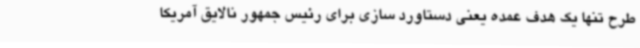
طرح تنها یک هدف عمده یعنی دستاورد سازی برای رئیس جمهور نالایق آمریکا